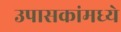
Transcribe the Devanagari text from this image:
उपासकांमध्ये